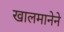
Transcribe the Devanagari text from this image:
खालमानेने